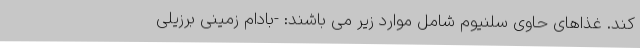
کند. غذاهای حاوی سلنیوم شامل موارد زیر می باشند: -بادام زمینی برزیلی